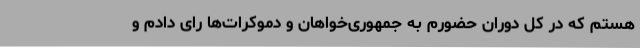
هستم که در کل دوران حضورم به جمهوری‌خواهان و دموکرات‌ها رای دادم و